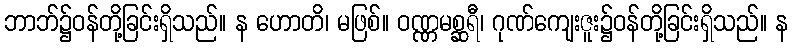
ဘာဘ်၌ဝန်တို့ခြင်းရှိသည်။ န ဟောတိ၊ မဖြစ်။ ဝဏ္ဏမစ္ဆရီ၊ ဂုဏ်ကျေးဇူး၌ဝန်တို့ခြင်းရှိသည်။ န